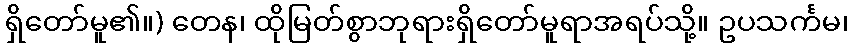
ရှိတော်မူ၏။) တေန၊ ထိုမြတ်စွာဘုရားရှိတော်မူရာအရပ်သို့။ ဥပသင်္ကမ၊